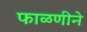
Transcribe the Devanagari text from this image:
फाळणीने